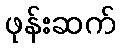
ဖုန်းဆက်